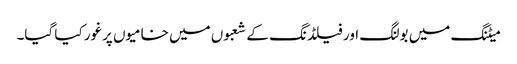
میٹنگ میں بولنگ اور فیلڈنگ کے شعبوں میں خامیوں پرغور کیا گیا۔